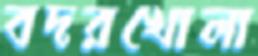
বদরখোলা